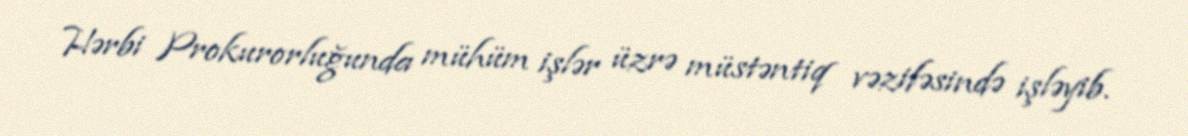
Hərbi Prokurorluğunda mühüm işlər üzrə müstəntiq vəzifəsində işləyib.